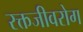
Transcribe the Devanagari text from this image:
रक्तजीवरोग